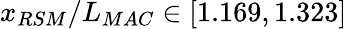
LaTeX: x_{RSM}/L_{MAC}\in[1.169,1.323]